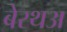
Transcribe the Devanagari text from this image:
बेरथअ